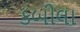
કબીલા